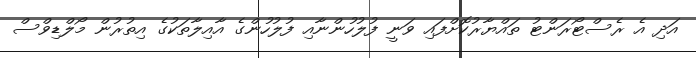
އަދި އެ ރެސްޓޯރަންޓު ތައްޔާރުކޮށްފައި ވަނީ ފުލުހުންނާއި ފުލުހުންގެ އާއިލާތަކުގެ އިތުރުން މޯލްޑިވްސް